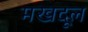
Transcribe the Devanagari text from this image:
मखदूल